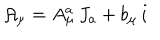
LaTeX: { \cal A } _ { \mu } = A _ { \mu } ^ { a } \, J _ { a } + b _ { \mu } \, i